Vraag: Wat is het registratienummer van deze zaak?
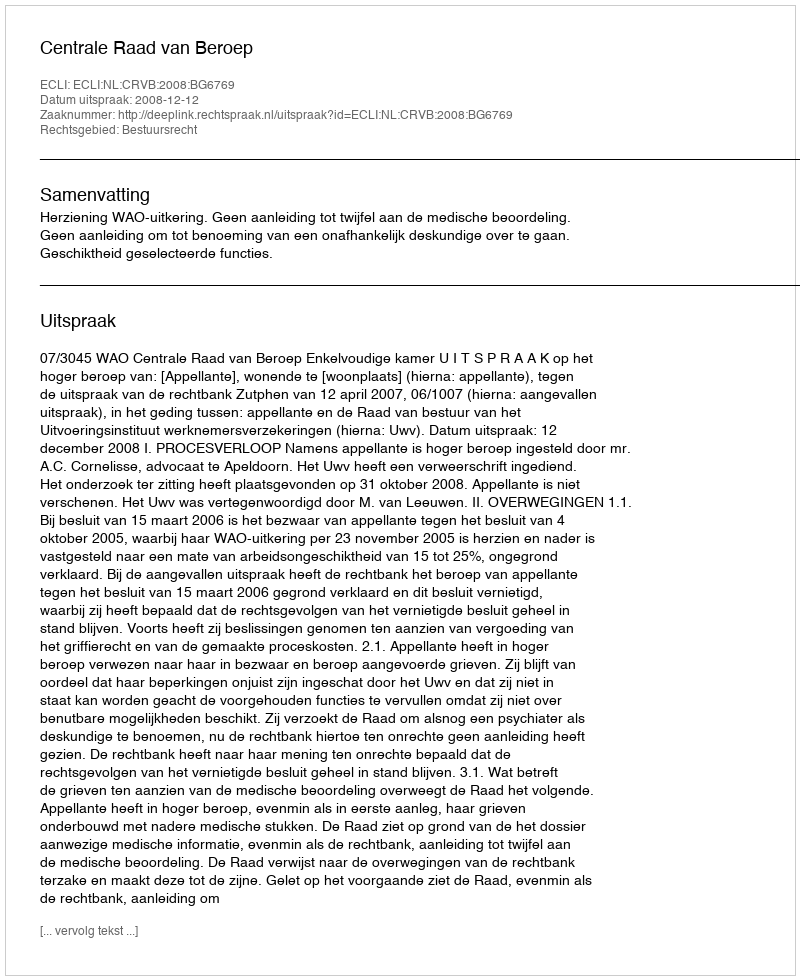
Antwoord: http://deeplink.rechtspraak.nl/uitspraak?id=ECLI:NL:CRVB:2008:BG6769